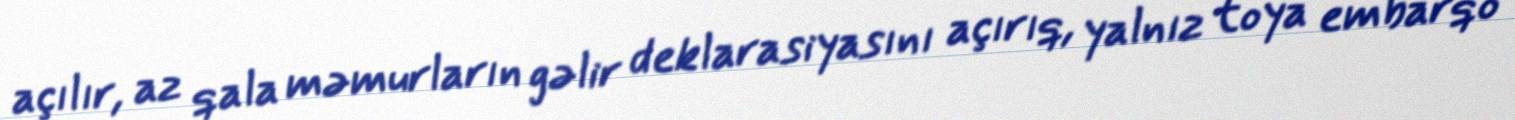
açılır, az qala məmurların gəlir deklarasiyasını açırıq, yalnız toya embarqo